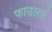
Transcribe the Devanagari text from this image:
फाउलर्स